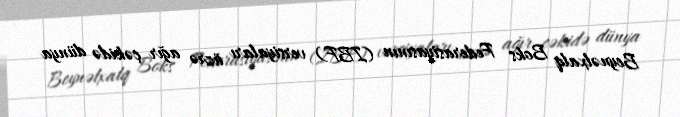
Beynəlxalq Boks Federasiyasının (IBF) versiyaları üzrə ağır çəkidə dünya